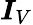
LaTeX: \boldsymbol{I}_{V}